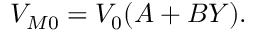
\begin{array} { r } { V _ { M 0 } = V _ { 0 } ( A + B Y ) . } \end{array}